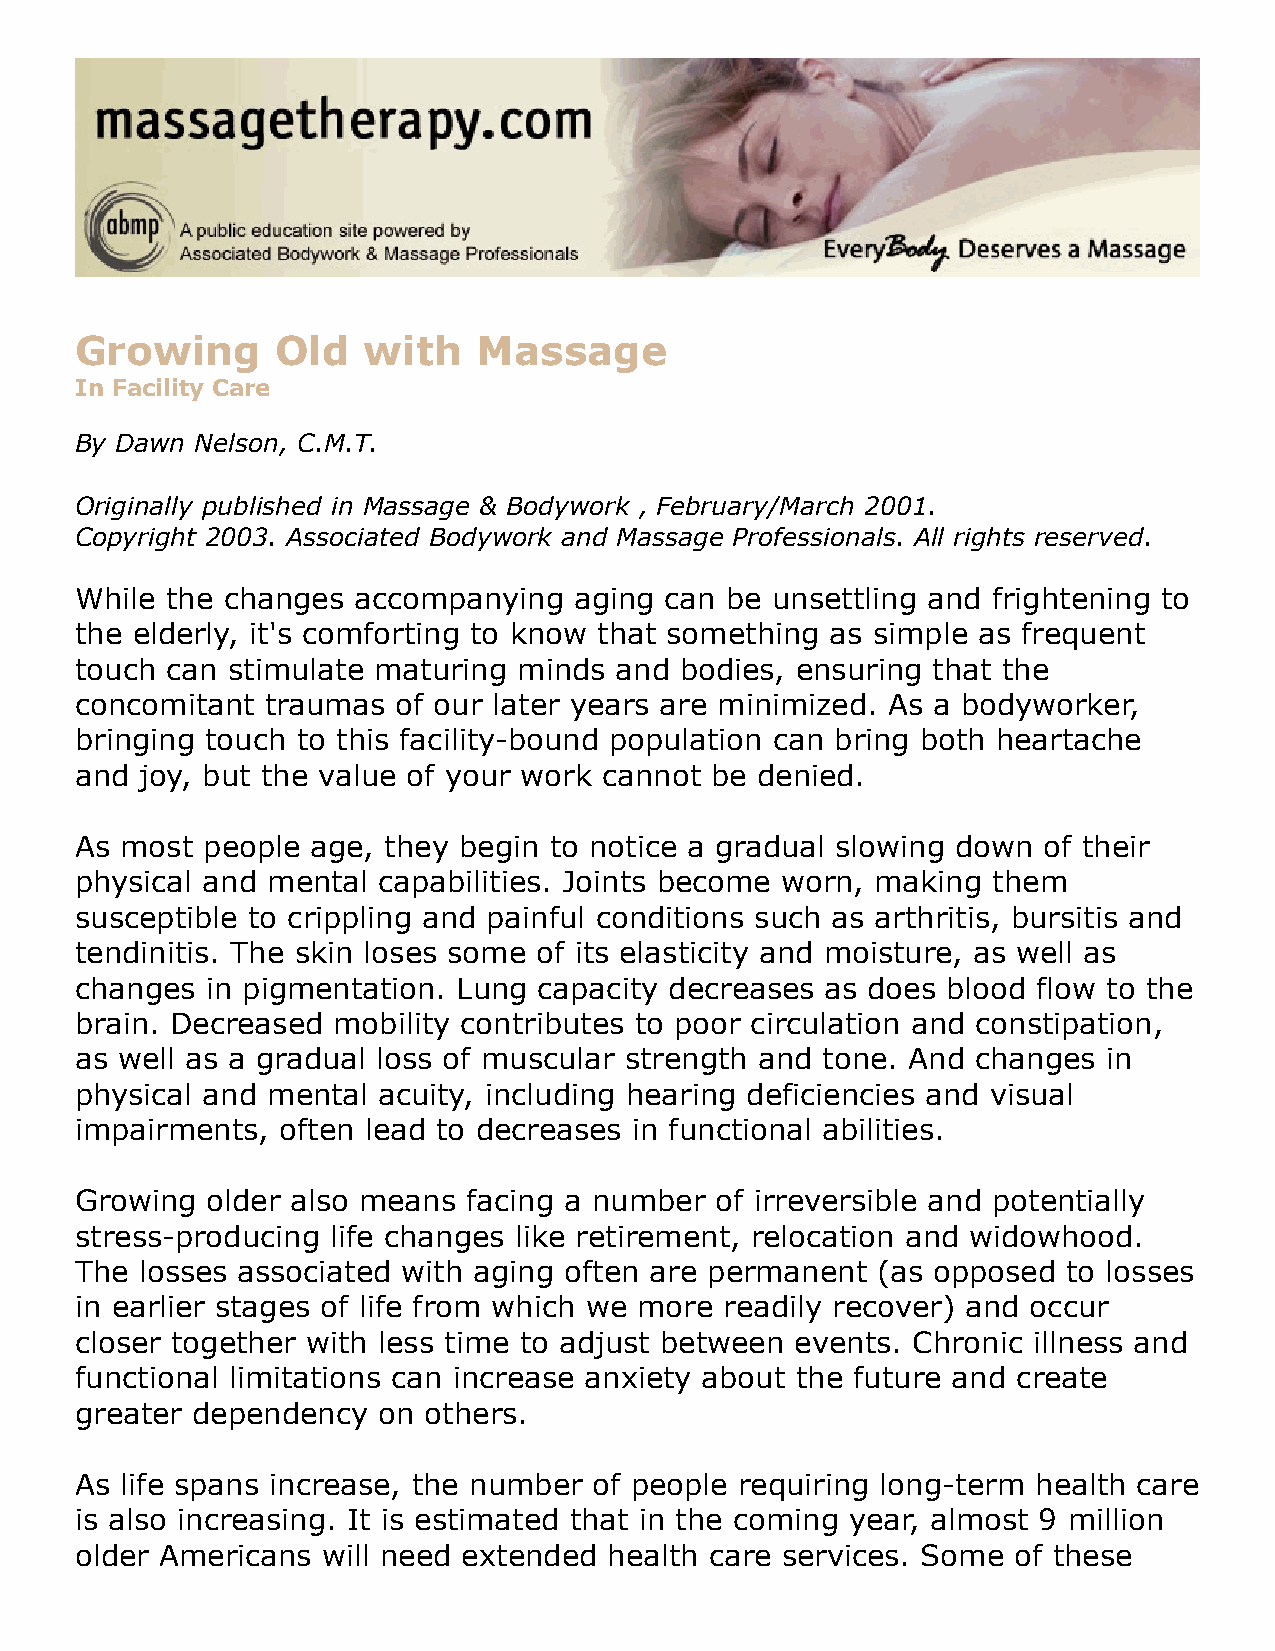
Growing      Old   with    Massage
 In Facility Care
 By Dawn Nelson, C.M.T.
 Originally published in Massage & Bodywork , February/March 2001.
 Copyright 2003. Associated Bodywork and Massage Professionals. All rights reserved.
 While the changes accompanying   aging can be unsettling and frightening to
 the elderly, it's comforting to know that something as simple as frequent
 touch can stimulate maturing minds  and bodies, ensuring that the
 concomitant  traumas of our later years are minimized. As a bodyworker,
 bringing touch to this facility-bound population can bring both heartache
 and joy, but the value of your work cannot be denied.
 As most people  age, they begin to notice a gradual slowing down of their
 physical and mental capabilities. Joints become worn, making them
 susceptible to crippling and painful conditions such as arthritis, bursitis and
 tendinitis. The skin loses some of its elasticity and moisture, as well as
 changes  in pigmentation. Lung capacity decreases as does blood flow to the
 brain. Decreased mobility contributes to poor circulation and constipation,
 as well as a gradual loss of muscular strength and tone. And changes in
 physical and mental acuity, including hearing deficiencies and visual
 impairments, often lead to decreases in functional abilities.
 Growing  older also means facing a number of irreversible and potentially
 stress-producing life changes like retirement, relocation and widowhood.
 The losses associated with aging often are permanent (as opposed  to losses
 in earlier stages of life from which we more readily recover) and occur
 closer together with less time to adjust between events. Chronic illness and
 functional limitations can increase anxiety about the future and create
 greater dependency  on others.
 As life spans increase, the number of people requiring long-term health care
 is also increasing. It is estimated that in the coming year, almost 9 million
 older Americans will need extended health care services. Some of these